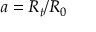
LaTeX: a = R _ { t } / R _ { 0 }